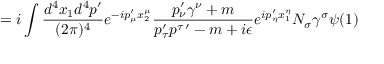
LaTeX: = i \int \frac { d ^ { 4 } x _ { 1 } d ^ { 4 } p ^ { \prime } } { ( 2 \pi ) ^ { 4 } } e ^ { - i p _ { \mu } ^ { \prime } x _ { 2 } ^ { \mu } } \frac { p _ { \nu } ^ { \prime } \gamma ^ { \nu } + m } { p _ { \tau } ^ { \prime } p ^ { \tau \, \prime } - m + i \epsilon } e ^ { i p _ { \eta } ^ { \prime } x _ { 1 } ^ { \eta } } N _ { \sigma } \gamma ^ { \sigma } \psi ( 1 )